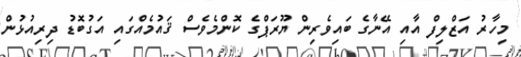
މިހާރު އަޒްލިފް އާއި އޭނާގެ ބައިވެރިން ޔޫރަޕްގެ ކޮންމެވެސް ޤައުމެއްގައި އަގުބޮޑު ދިރިއުޅުން